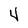
Character: 4